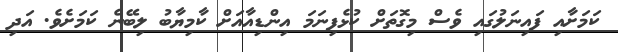
ކަމަށާއި ފައިނަލުގައި ވެސް މިގޮތަށް ކުޅެފިނަމަ އިންޑިއާއަށް ކާމިިޔާބު ލިބޭނެ ކަމަށެވެ. އަދި